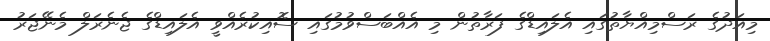
މިއަދުގެ ރަސްމިއްޔާތުގައި އެލައިޑްގެ ފަރާތުން މި އެއްބަސްވުމުގައި ސޮއިކުރެއްވީ އެލައިޑްގެ ޖެނެރަލް މެނޭޖަރު